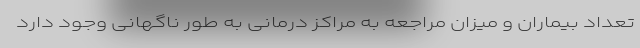
تعداد بیماران و میزان مراجعه به مراکز درمانی به طور ناگهانی وجود دارد